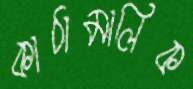
কাঠামালিক